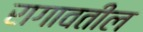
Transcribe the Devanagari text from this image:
रागावतील